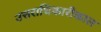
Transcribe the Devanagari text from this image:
उत्तराधिकारीकाल